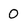
Character: 0